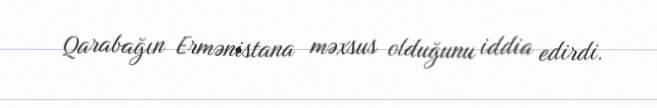
Qarabağın Ermənistana məxsus olduğunu iddia edirdi.